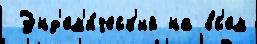
 Энд'ем'и́ческ'ий на вс'ем